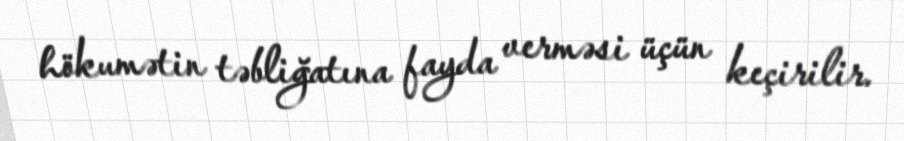
hökumətin təbliğatına fayda verməsi üçün keçirilir.